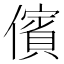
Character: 儐